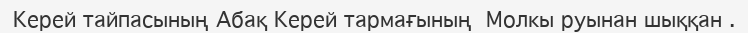
Керей тайпасының Абақ Керей тармағының  Молкы руынан шыққан .